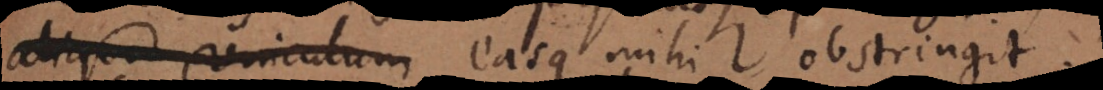
aliquod vinculum easque mihi obstringit.